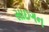
સાઇગન